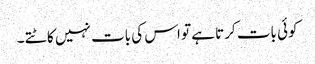
کوئی بات کرتا ہے تو اس کی بات نہیں کاٹتے ۔